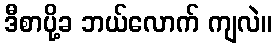
ဒီစာပို့ခ ဘယ်လောက် ကျလဲ။